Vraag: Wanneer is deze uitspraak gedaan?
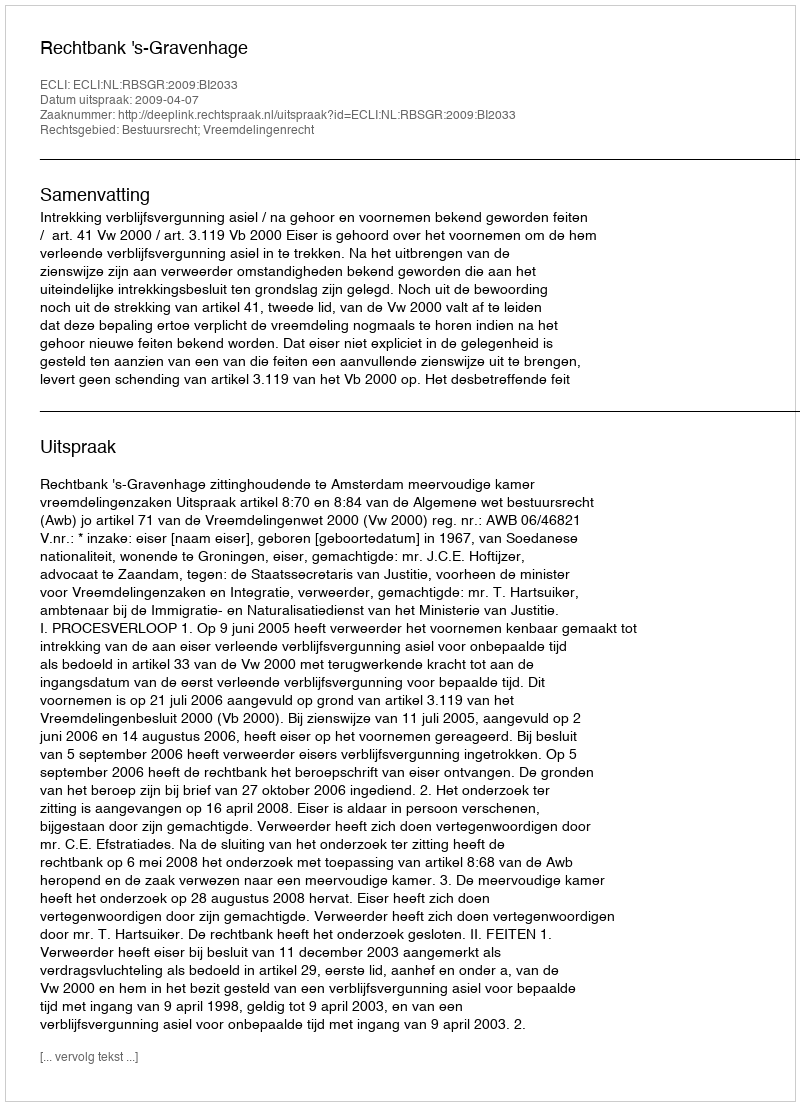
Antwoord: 2009-04-07